Veterinary regulations India, 1925 -
Year: 1925
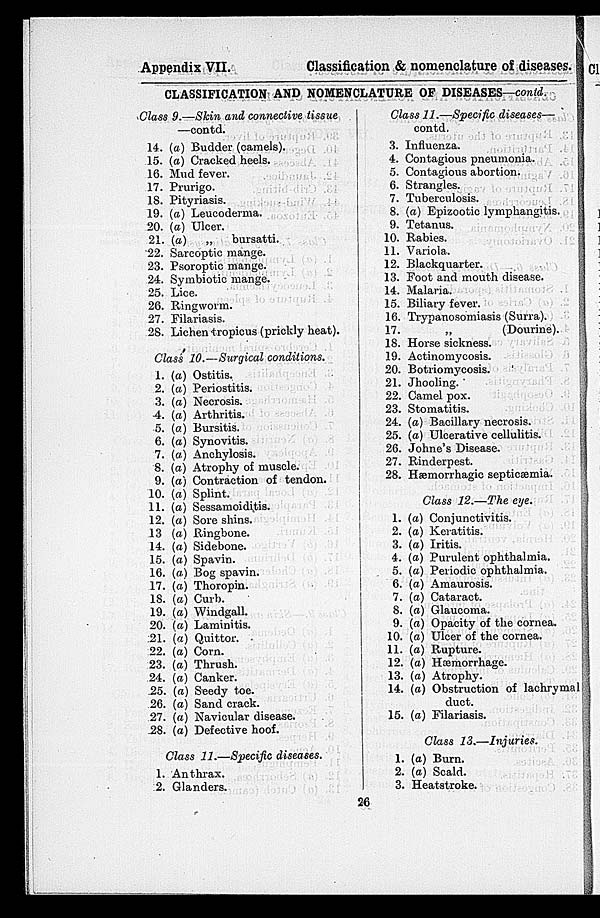
Appendix VII.
Classification & nomenclature of diseases.
CLASSIFICATION AND NOMENCLATURE OF DISEASES—contd.
Class 9.—Skin and connective tissue
14.
15.
16.
17.
18.
19.
20.
21.
22.
23.
24.
25.
26.
27.
28.
—contd.
(a) Budder (camels).
(a) Cracked heels.
Mud fever.
Prurigo.
Pityriasis.
(a) Leucoderma.
(a) Ulcer.
(a)
„
bursatti.
Sarcoptic mange.
Psoroptic mange.
Symbiotic mange.
Lice.
Ringworm.
Filariasis.
Lichen tropicus (prickly heat).
Class 10.—Surgical
conditions.
1.
2.
3.
4.
5.
6.
7.
8.
9.
10.
11.
12.
13
14.
15.
16.
17.
18.
19.
20.
21.
22.
23.
24.
25.
26.
27.
28.
(a) Ostitis.
(a) Periostitis.
(a) Necrosis.
(a) Arthritis.
(a) Bursitis.
(a) Synovitis.
(a) Anchylosis.
(a) Atrophy of muscle.
(a) Contraction of tendon.
(a) Splint.
(a) Sessamoiditis.
(a) Sore shins.
(a) Ringbone.
(a) Sidebone.
(a) Spavin.
(a) Bog spavin.
(a) Thoropin.
(a) Curb.
(a) Windgall.
(a) Laminitis.
(a) Quittor.
(a) Corn.
(a) Thrush.
(a) Canker.
(a) Seedy toe.
(a) Sand crack.
(a) Navicular disease.
(a) Defective hoof.
Class 11.—Specific diseases.
1.
2.
Anthrax.
Glanders.
Class 11.—Specific diseases—
3.
4.
5.
6.
7.
8.
9.
10.
11.
12.
13.
14.
15.
16.
17.
18.
19.
20.
21.
22.
23.
24.
25.
26.
27.
28.
1.
2.
3.
4.
5.
6.
7.
8.
9.
10.
11.
12.
13.
14.
15.
1.
2.
3.
contd.
Influenza.
Contagious pneumonia.
Contagious abortion.
Strangles.
Tuberculosis.
(a) Epizootic lymphangitis.
Tetanus.
Rabies.
Variola.
Blackquarter.
Foot and mouth disease.
Malaria.
Biliary fever.
Trypanosomiasis (Surra).
„
(Dourine).
Horse sickness.
Actinomycosis.
Botriomycosis.
Jhooling.
Camel pox.
Stomatitis.
(a) Bacillary necrosis.
(a) Ulcerative cellulitis.
Johne's Disease.
Rinderpest.
Hæmorrhagic septicaemia.
Class 12.—The eye.
(a) Conjunctivitis.
(a) Keratitis.
(a) Iritis.
(a) Purulent ophthalmia.
(a) Periodic ophthalmia.
(a) Amaurosis.
(a) Cataract.
(a) Glaucoma.
(a) Opacity of the cornea.
(a) Ulcer of the cornea.
(a) Rupture.
(a) Hæmorrhage.
(a) Atrophy.
(a) Obstruction of lachrymal
duct.
(a) Filariasis.
Class
13.—Injuries.
(a) Burn.
(a) Scald.
Heatstroke.
26